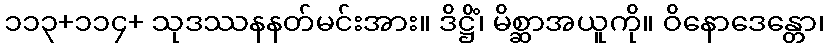
၁၁၃+၁၁၄+ သုဒဿနနတ်မင်းအား။ ဒိဋ္ဌိံ၊ မိစ္ဆာအယူကို။ ဝိနောဒေန္တော၊